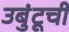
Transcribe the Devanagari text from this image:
उबुंटूची